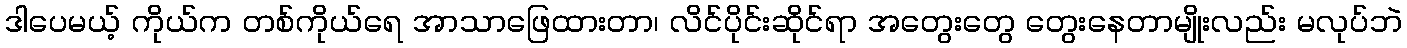
ဒါပေမယ့် ကိုယ်က တစ်ကိုယ်ရေ အာသာဖြေထားတာ၊ လိင်ပိုင်းဆိုင်ရာ အတွေးတွေ တွေးနေတာမျိုးလည်း မလုပ်ဘဲ